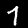
Label: 7